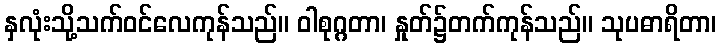
နှလုံးသို့သက်ဝင်လေကုန်သည်။ ဝါစုဂ္ဂတာ၊ နှုတ်၌တက်ကုန်သည်။ သုပဓာရိတာ၊